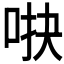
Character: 𱒫